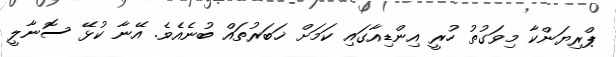
ޕްރިޔަންކާ މިވަގުތު ހުރީ އިންޑިއާގައި ކަމަށް ޚަބަރުތައް ބުނެއެވެ. އޭނާ ކުޅޭ ސޮނާލީ